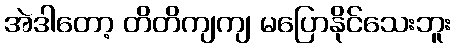
အဲဒါတော့ တိတိကျကျ မပြောနိုင်သေးဘူး